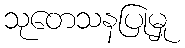
သုတေသနပြုမှု